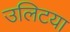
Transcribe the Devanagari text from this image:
उलिटया